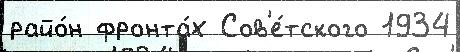
райо́н фронта́х Сов'е́тского 1934